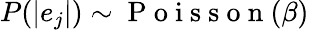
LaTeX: P(|e_{j}|)\sim\mathrm{~P~o~i~s~s~o~n~}(\beta)